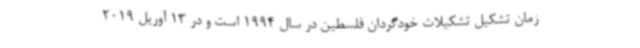
زمان تشکیل تشکیلات خودگردان فلسطین در سال 1994 است و در 13 آوریل 2019